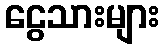
ငွေသားများ